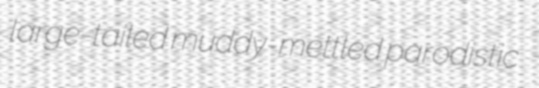
large-tailed muddy-mettled parodistic